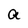
Character: a